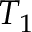
T _ { 1 }